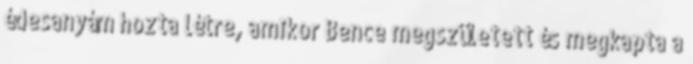
édesanyám hozta létre, amikor Bence megszületett és megkapta a